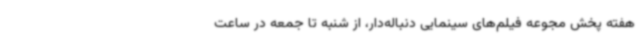
هفته پخش مجوعه فیلم‌های سینمایی دنباله‌دار، از شنبه تا جمعه در ساعت